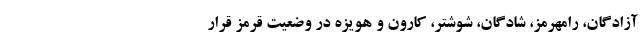
آزادگان، رامهرمز، شادگان، شوشتر، کارون و هویزه در وضعیت قرمز قرار